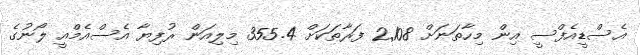
އެސްޑީއެފްސީ އިން މިހާތަނަށް 2